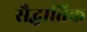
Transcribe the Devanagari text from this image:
सैद्धातिक